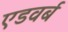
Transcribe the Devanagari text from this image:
एडवर्ब